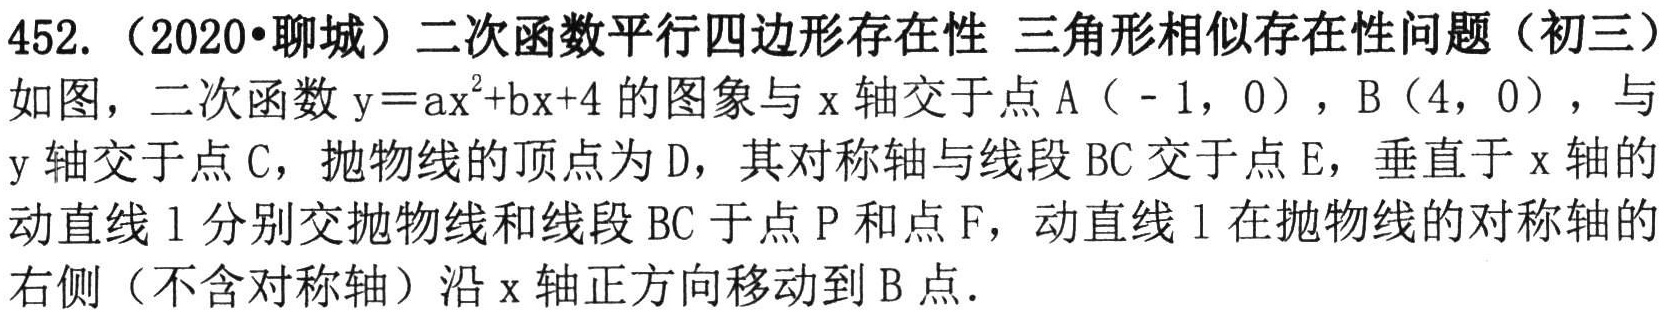
452.（2020•聊城）二次函数平行四边形存在性 三角形相似存在性问题（初三）
如图，二次函数\(y = ax^{2}+bx + 4\)的图象与\(x\)轴交于点\(A(-1,0)\)，\(B(4,0)\)，与
\(y\)轴交于点\(C\)，抛物线的顶点为\(D\)，其对称轴与线段\(BC\)交于点\(E\)，垂直于\(x\)轴的
动直线\(l\)分别交抛物线和线段\(BC\)于点\(P\)和点\(F\)，动直线\(l\)在抛物线的对称轴的
右侧（不含对称轴）沿\(x\)轴正方向移动到\(B\)点.